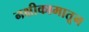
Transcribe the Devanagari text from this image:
नक्षीकामातून